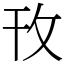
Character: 攼